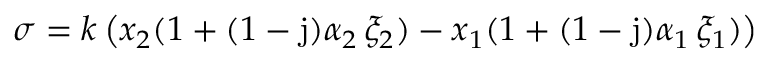
\sigma = k \left( x _ { 2 } ( 1 + ( 1 - \mathrm { j } ) \alpha _ { 2 } \, \xi _ { 2 } ) - x _ { 1 } ( 1 + ( 1 - \mathrm { j } ) \alpha _ { 1 } \, \xi _ { 1 } ) \right)